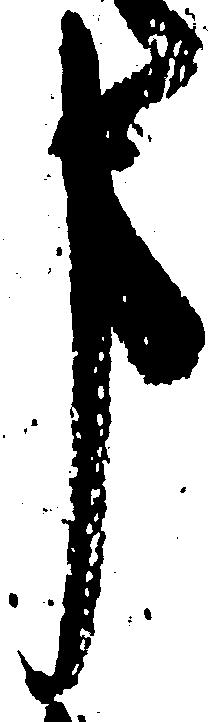
事